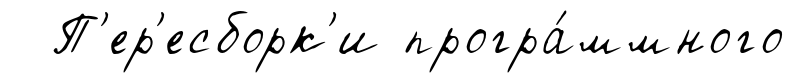
П'ер'есборк'и програ́ммного